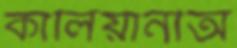
কালিয়ানীঅ